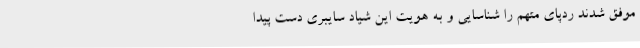
موفق شدند ردپای متهم را شناسایی و به هویت این شیاد سایبری دست پیدا